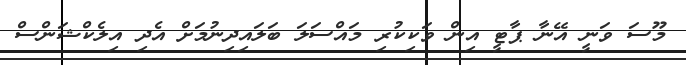
މޫސަ ވަނީ އޭނާ ޕާޓީ އިން ވަކިކުރި މައްސަލަ ބަލައިދިނުމަށް އެދި އިލެކްޝަންސް